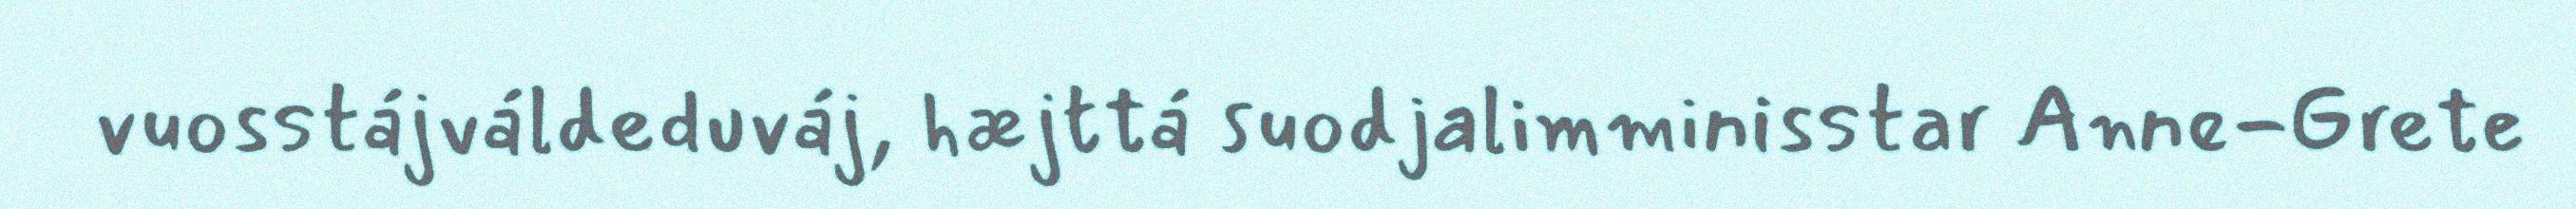
vuosstájváldeduváj, hæjttá suodjalimminisstar Anne-Grete